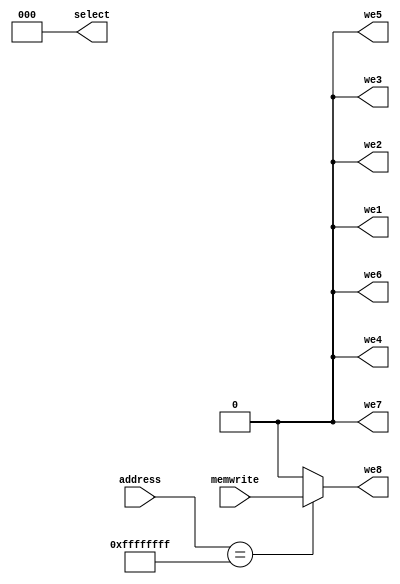
module addressdecoder(
	input wire [31:0]address,
	input wire memwrite,
	output wire [2:0]select,
	output wire we1,
	output wire we2,
	output wire we3,
	output wire we4,
	output wire we5,
	output wire we6,
	output wire we7,
	output wire we8
	 );
	 
	localparam LED = 32'hFFFF_FFFF;
	localparam SLIDE_SWITCH = 32'hFFFF_FFFE;
	localparam BUTTON = 32'hFFFF_FFFD;
	localparam SERIAL_IN = 32'hFFFF_FFFC;
	localparam SERIAL_OUT = 32'hFFFF_FFFB;
	localparam LCD = 32'hFFFF_FFFA;
	localparam ROTARY = 32'hFFFF_FFF9;

	reg [9:0]signals;
	assign {select,we1,we2,we3,we4,we5,we6,we7,we8} = signals;
	
always@(*) begin 
	case(address)
		LED: 					signals = {3'b001,000_000_0,memwrite}; 
		SLIDE_SWITCH:		signals = {3'b010,000_000,memwrite,0}; 
		BUTTON: 				signals = {3'b011,000_00,memwrite,00};
		SERIAL_IN: 			signals = {3'B100,000_0,memwrite,000};
		SERIAL_OUT: 		signals = {3'b101,000,memwrite,0_000};
		LCD: 					signals = {3'b110,00,memwrite,00_000};
		ROTARY: 				signals = {3'b111,0,memwrite,000_000};
		default: 			signals = {3'b000,memwrite,0_000_000}; 
	endcase
end


endmodule